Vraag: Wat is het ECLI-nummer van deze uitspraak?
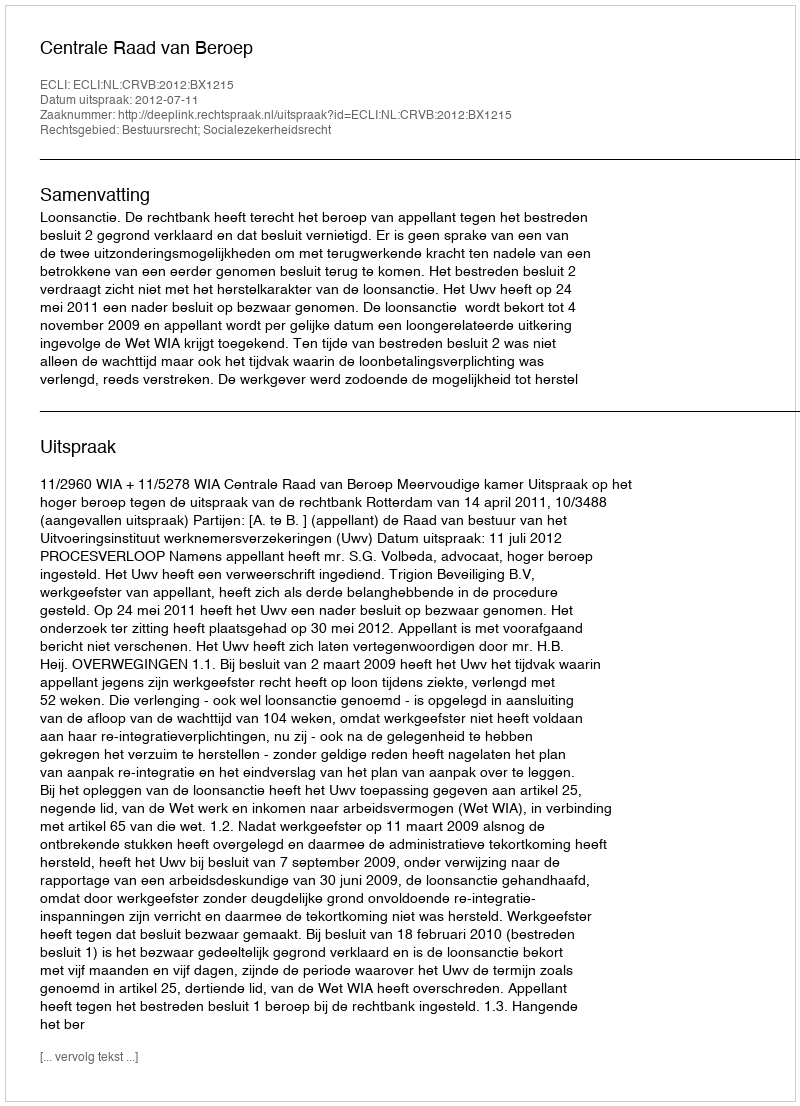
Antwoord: ECLI:NL:CRVB:2012:BX1215